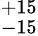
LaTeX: ^{+15}_{-15}